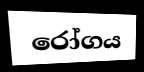
රෝගය